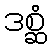
ဒစ္ဆံ